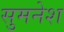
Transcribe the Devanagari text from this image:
सुमनेश